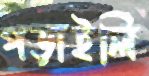
পড়াইলি